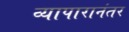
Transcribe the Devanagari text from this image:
व्यापारानंतर